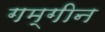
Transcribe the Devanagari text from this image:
गम्गीन